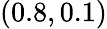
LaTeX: (0.8,0.1)